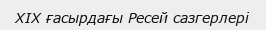
XIX ғасырдағы Ресей сазгерлері